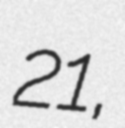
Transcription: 21,